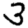
Digit: 3